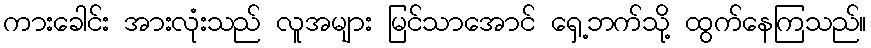
ကားခေါင်း အားလုံးသည် လူအများ မြင်သာအောင် ရှေ့ဘက်သို့ ထွက်နေကြသည်။